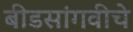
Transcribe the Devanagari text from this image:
बीडसांगवीचे